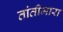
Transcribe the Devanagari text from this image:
तांतीमारा